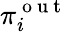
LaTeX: \pi_{i}^{\mathrm{~o~u~t~}}